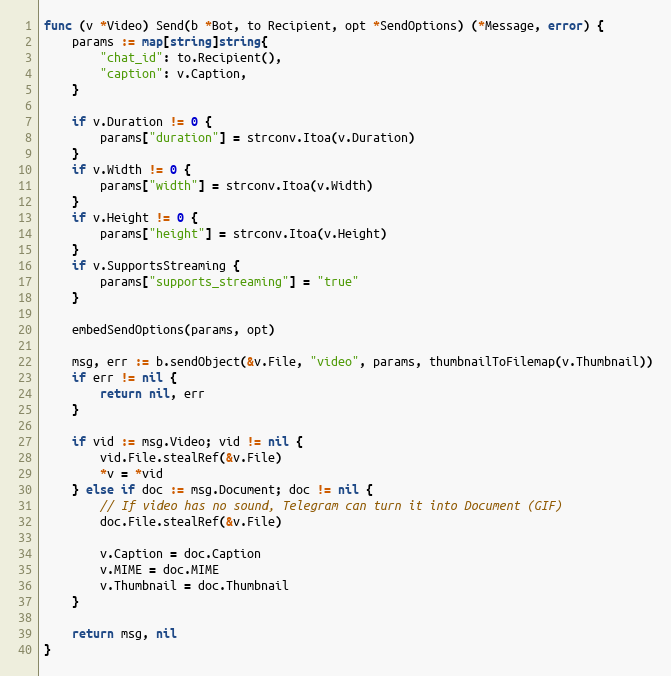
Language: Go
func (v *Video) Send(b *Bot, to Recipient, opt *SendOptions) (*Message, error) {
	params := map[string]string{
		"chat_id": to.Recipient(),
		"caption": v.Caption,
	}

	if v.Duration != 0 {
		params["duration"] = strconv.Itoa(v.Duration)
	}
	if v.Width != 0 {
		params["width"] = strconv.Itoa(v.Width)
	}
	if v.Height != 0 {
		params["height"] = strconv.Itoa(v.Height)
	}
	if v.SupportsStreaming {
		params["supports_streaming"] = "true"
	}

	embedSendOptions(params, opt)

	msg, err := b.sendObject(&v.File, "video", params, thumbnailToFilemap(v.Thumbnail))
	if err != nil {
		return nil, err
	}

	if vid := msg.Video; vid != nil {
		vid.File.stealRef(&v.File)
		*v = *vid
	} else if doc := msg.Document; doc != nil {
		// If video has no sound, Telegram can turn it into Document (GIF)
		doc.File.stealRef(&v.File)

		v.Caption = doc.Caption
		v.MIME = doc.MIME
		v.Thumbnail = doc.Thumbnail
	}

	return msg, nil
}